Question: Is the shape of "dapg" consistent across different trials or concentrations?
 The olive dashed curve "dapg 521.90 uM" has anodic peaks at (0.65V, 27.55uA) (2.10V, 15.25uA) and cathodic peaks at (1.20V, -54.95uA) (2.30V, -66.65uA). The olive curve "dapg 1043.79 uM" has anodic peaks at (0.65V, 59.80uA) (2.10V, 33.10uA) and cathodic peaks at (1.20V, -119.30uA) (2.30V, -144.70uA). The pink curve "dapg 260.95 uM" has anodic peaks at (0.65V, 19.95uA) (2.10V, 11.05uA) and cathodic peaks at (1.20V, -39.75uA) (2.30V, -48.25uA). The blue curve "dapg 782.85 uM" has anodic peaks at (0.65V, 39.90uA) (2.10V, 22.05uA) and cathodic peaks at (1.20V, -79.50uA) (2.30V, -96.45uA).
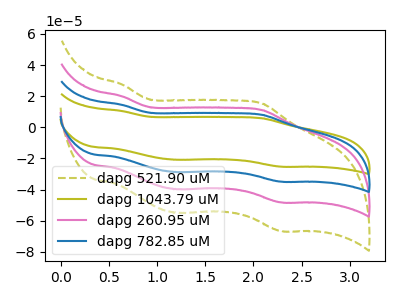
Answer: <think>All the peaks in "dapg 521.90 uM" have a peak in "dapg 1043.79 uM" at the same potential. Every peak in "dapg 521.90 uM" is lower than every peak in "dapg 1043.79 uM". All the peaks in "dapg 521.90 uM" have a peak in "dapg 260.95 uM" at the same potential. Every peak in "dapg 521.90 uM" is higher than every peak in "dapg 260.95 uM". All the peaks in "dapg 521.90 uM" have a peak in "dapg 782.85 uM" at the same potential. Every peak in "dapg 521.90 uM" is lower than every peak in "dapg 782.85 uM". All the peaks in "dapg 1043.79 uM" have a peak in "dapg 260.95 uM" at the same potential. Every peak in "dapg 1043.79 uM" is higher than every peak in "dapg 260.95 uM". All the peaks in "dapg 1043.79 uM" have a peak in "dapg 782.85 uM" at the same potential. Every peak in "dapg 1043.79 uM" is higher than every peak in "dapg 782.85 uM". All the peaks in "dapg 260.95 uM" have a peak in "dapg 782.85 uM" at the same potential. Every peak in "dapg 260.95 uM" is lower than every peak in "dapg 782.85 uM".
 </think>
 <answer>All the CV's of "dapg" have similar shape.</answer>
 <eval>follow_rule</eval>